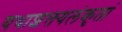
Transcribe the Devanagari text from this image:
यथाशक्त्यलंकृतां